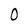
Character: 0